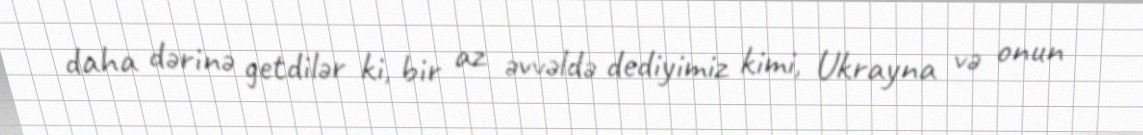
daha dərinə getdilər ki, bir az əvvəldə dediyimiz kimi, Ukrayna və onun